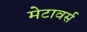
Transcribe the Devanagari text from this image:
मेटावर्स